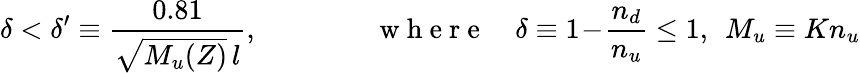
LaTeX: \delta<\delta^{\prime}\equiv\frac{0.81}{\sqrt{M_{u}(Z)}\, l},\qquad\qquad\mathrm{~w~h~e~r~e~}\quad\delta\equiv 1\! -\! \frac{n_{d}}{n_{u}}\le 1,\: \: M_{u}\equiv Kn_{u}